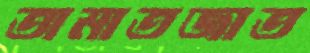
তামাতজাত